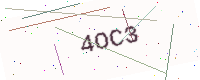
Text: 4OC3